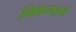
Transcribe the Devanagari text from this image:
विमानक्ष्त्रों